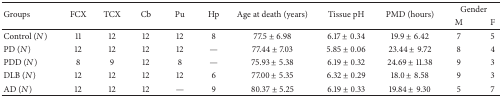
<table><thead><tr><td rowspan="2"><b>Groups</b></td><td rowspan="2"><b>FCX</b></td><td rowspan="2"><b>TCX</b></td><td rowspan="2"><b>Cb</b></td><td rowspan="2"><b>Pu</b></td><td rowspan="2"><b>Hp</b></td><td rowspan="2"><b>Age at death (years)</b></td><td rowspan="2"><b>Tissue pH</b></td><td rowspan="2"><b>PMD (hours)</b></td><td colspan="2"><b>Gender</b></td></tr><tr><td><b>M </b></td><td><b>F </b></td></tr></thead><tbody><tr><td>Control (<i>N</i>)</td><td>11</td><td>12</td><td>12</td><td>12</td><td>8</td><td>77.5 ± 6.98</td><td>6.17 ± 0.34</td><td>19.9 ± 6.42</td><td>7</td><td>5</td></tr><tr><td>PD (<i>N</i>)</td><td>12</td><td>12</td><td>12</td><td>12</td><td>—</td><td>77.44 ± 7.03</td><td>5.85 ± 0.06</td><td>23.44 ± 9.72</td><td>8</td><td>4</td></tr><tr><td>PDD (<i>N</i>)</td><td>8</td><td>9</td><td>12</td><td>8</td><td>—</td><td>75.93 ± 5.38</td><td>6.19 ± 0.32</td><td>24.69 ± 11.38</td><td>9</td><td>3</td></tr><tr><td>DLB (<i>N</i>)</td><td>12</td><td>12</td><td>12</td><td>12</td><td>6</td><td>77.00 ± 5.35</td><td>6.32 ± 0.29</td><td>18.0 ± 8.58</td><td>9</td><td>3</td></tr><tr><td>AD (<i>N</i>)</td><td>12</td><td>12</td><td>12</td><td>—</td><td>9</td><td>80.37 ± 5.25</td><td>6.19 ± 0.33</td><td>19.84 ± 9.30</td><td>5</td><td>7</td></tr></tbody></table>